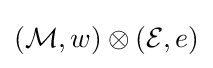
({\mathcal {M}},w)\otimes ({\mathcal {E}},e)